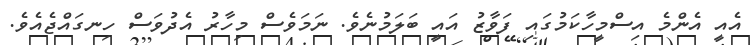
އެއީ އެންމެ އިސްމީހާކަމުގައި ފަވާޒު އައީ ބަލަމުނެވެ. ނަމަވެސް މިހާރު އެދުވަސް ހިނގައްޖެއެވެ.